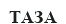
ТАЗА